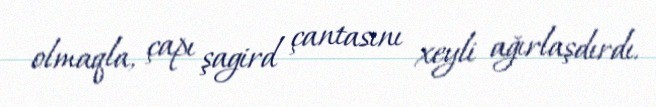
olmaqla, çapı şagird çantasını xeyli ağırlaşdırdı.